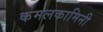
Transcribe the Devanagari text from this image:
कमलकामिनी